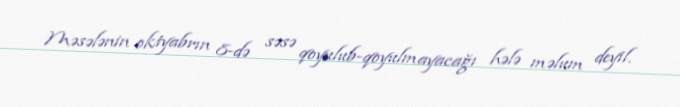
Məsələnin oktyabrın 8-də səsə qoyulub-qoyulmayacağı hələ məlum deyil.